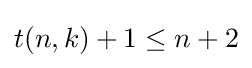
t(n,k)+1\leq n+2